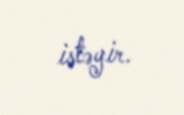
istəyir.